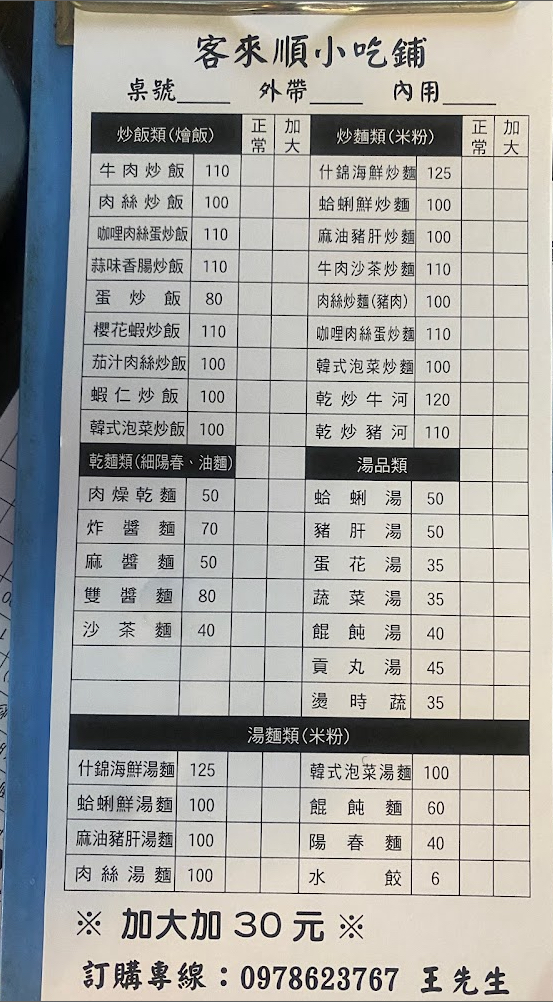
餐廳：客來順小吃鋪
電話：0978623767
菜單：
name: 牛肉炒飯
price: 110
name: 肉絲炒飯
price: 100
name: 咖哩肉絲蛋炒飯
price: 110
name: 蒜味香腸炒飯
price: 110
name: 蛋炒飯
price: 80
name: 櫻花蝦炒飯
price: 110
name: 茄汁肉絲炒飯
price: 100
name: 蝦仁炒飯
price: 100
name: 韓式泡菜炒飯
price: 100
name: 什錦海鮮炒麵
price: 125
name: 蛤蜊鮮炒麵
price: 100
name: 麻油豬肝炒麵
price: 100
name: 牛肉沙茶炒麵
price: 110
name: 肉絲炒麵(豬肉)
price: 100
name: 咖哩肉絲蛋炒麵
price: 110
name: 韓式泡菜炒麵
price: 100
name: 乾炒牛河
price: 120
name: 乾炒豬河
price: 110
name: 肉燥乾麵
price: 50
name: 炸醬麵
price: 70
name: 麻醬麵
price: 50
name: 雙醬麵
price: 80
name: 沙茶麵
price: 40
name: 什錦海鮮湯麵
price: 125
name: 韓式泡菜湯麵
price: 100
name: 蛤蜊鮮湯麵
price: 100
name: 麻油豬肝湯麵
price: 100
name: 肉絲湯麵
price: 100
name: 餛飩麵
price: 60
name: 陽春麵
price: 40
name: 蛤蜊湯
price: 50
name: 豬肝湯
price: 50
name: 蛋花湯
price: 35
name: 蔬菜湯
price: 35
name: 餛飩湯
price: 40
name: 貢丸湯
price: 45
name: 燙時蔬
price: 35
name: 水餃
price: 6